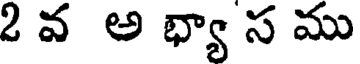
2 వ అ భ్యా స ము